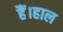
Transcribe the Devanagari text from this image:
हैं।हाल